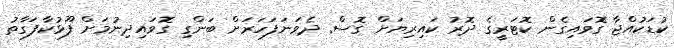
ކުޑަކުއްޖާ ގޮވައިގެން ކޮޓަރީގެ ދޮރު ކައިރިޔަށް ގޮސް